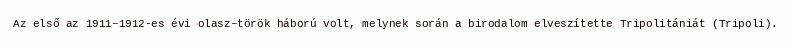
Az első az 1911–1912-es évi olasz–török háború volt, melynek során a birodalom elveszítette Tripolitániát (Tripoli).